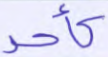
كأحد